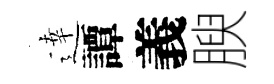
逹譚義腴